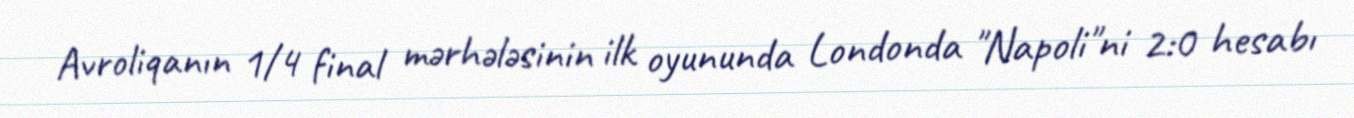
Avroliqanın 1/4 final mərhələsinin ilk oyununda Londonda "Napoli"ni 2:0 hesabı